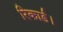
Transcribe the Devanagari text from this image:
रिकार्ड।